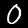
Digit: 0